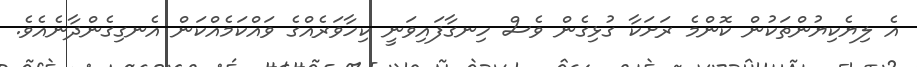
އެ ލިޔެކިޔުންތަކުން ކޮންމެ ރަށަކާ ގުޅިގެން ވެސް ހިނގާފައިވަނީ ކިހާވަރެއްގެ ވައްކަމެއްކަން އެނގިގެންދާނެއެވެ.